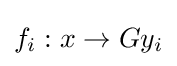
f_{i}:x\to Gy_{i}